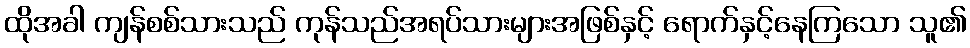
ထိုအခါ ကျန်စစ်သားသည် ကုန်သည်အရပ်သားများအဖြစ်နှင့် ရောက်နှင့်နေကြသော သူ၏